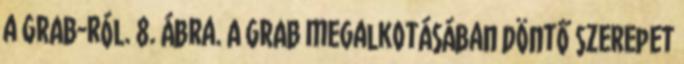
a GRAB-ról. 8. ábra. A GRAB megalkotásában döntő szerepet